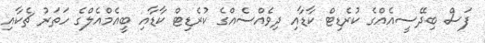
ފަސް ބިދޭސީއެއްގެ ކުރެޑިޓް ކާޑާއި ދިވެއްސެއްގެ ކުރެޑިޓް ކާޑާއި ބީއެމްއެލްގެ ހަތަރު ޗެކާއި